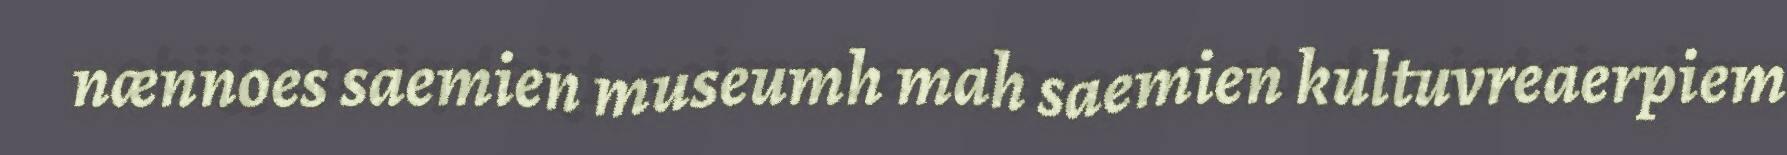
nænnoes saemien museumh mah saemien kultuvreaerpiem